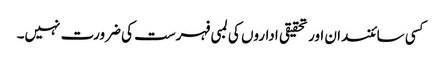
کسی سائنسدان اور تحقیقی اداروں کی لمبی فہرست کی ضرورت نہیں۔